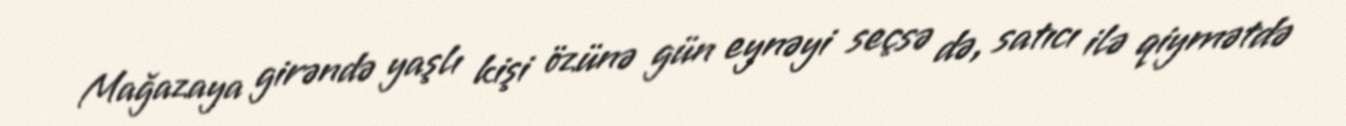
Mağazaya girəndə yaşlı kişi özünə gün eynəyi seçsə də, satıcı ilə qiymətdə